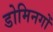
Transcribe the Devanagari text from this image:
डोमिनगों